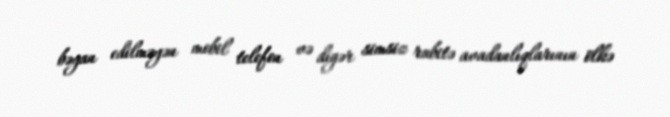
bəyan edilməyən mobil telefon və digər simsiz rabitə avadanlıqlarının ölkə